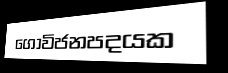
ගොවිජනපදයක